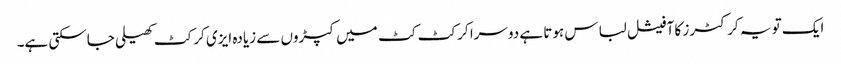
ایک تو یہ کرکٹرز کا آفیشل لباس ہوتا ہے دوسرا کرکٹ کٹ میں کپڑوں سے زیادہ ایزی کرکٹ کھیلی جاسکتی ہے۔